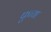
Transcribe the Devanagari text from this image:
फुच्या